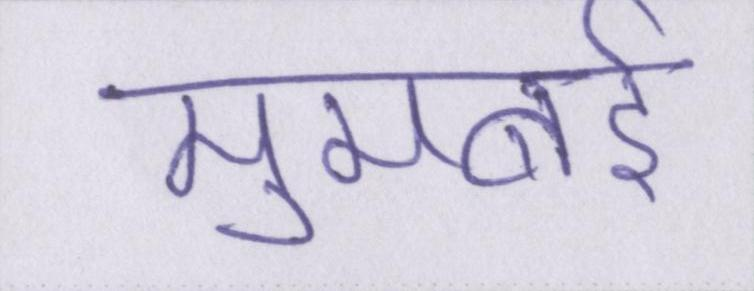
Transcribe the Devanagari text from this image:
मुमबई